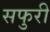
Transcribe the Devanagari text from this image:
सफुरी